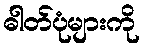
ဓါတ်ပုံများကို